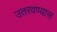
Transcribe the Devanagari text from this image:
उतरवण्यास